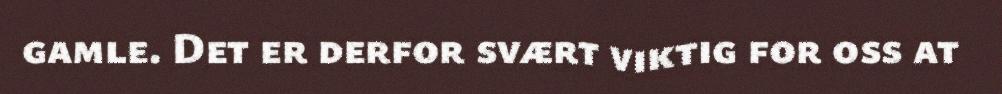
gamle. Det er derfor svært viktig for oss at